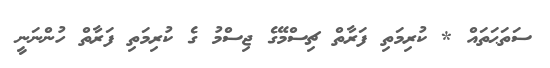
ސަތަޙަތައް * ކުރިމަތި ފަރާތް ޗިސްމޭގެ ޖިސްމު ގެ ކުރިމަތި ފަރާތް ހުންނަނީ